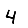
Digit: 4